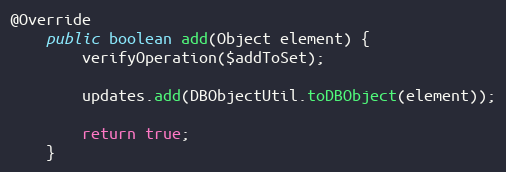
Language: Java
@Override
    public boolean add(Object element) {
        verifyOperation($addToSet);

        updates.add(DBObjectUtil.toDBObject(element));

        return true;
    }